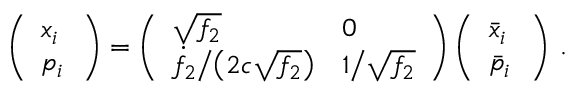
\left( \begin{array} { l } { x _ { i } \ } \\ { p _ { i } } \end{array} \right) = \left( \begin{array} { l l } { \sqrt { f _ { 2 } } } & { 0 \ } \\ { \dot { f } _ { 2 } \big / \big ( 2 c \sqrt { f _ { 2 } } \big ) } & { 1 \big / \sqrt { f _ { 2 } } } \end{array} \right) \left( \begin{array} { l } { \bar { x } _ { i } \ } \\ { \bar { p } _ { i } } \end{array} \right) \, .